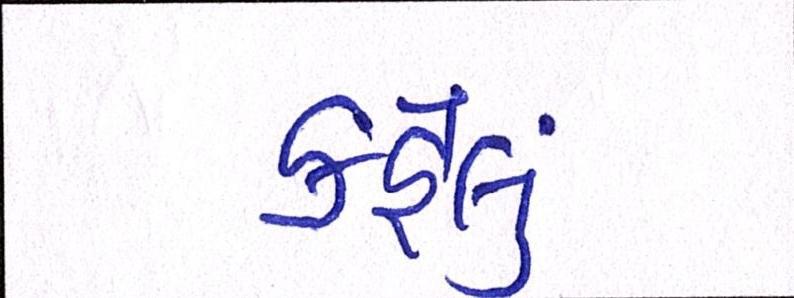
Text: કહેલું